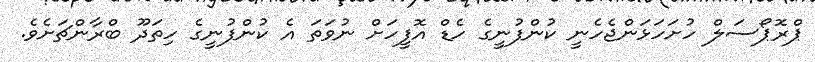
ޕްރޮޕޯސަލް ހުށަހަޅަންޖެހެނީ ކުންފުނީގެ ހެޑް އޮފީހަށް ނުވަތަ އެ ކުންފުނީގެ ހިތަދޫ ބްރާންޗަށެވެ.